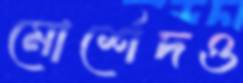
মোর্শেদও